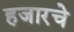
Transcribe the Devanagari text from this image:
हजारचे